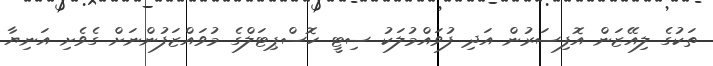
ތަކުގެ ލިއޭޒަން އޮފިސަރުން އަދި ފުވައްމުލަކު ސިޓީ ހޮސްޕިޓަލްގެ މުވައްޒަފުންނަށް ގެވެށި އަނިޔާ